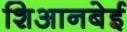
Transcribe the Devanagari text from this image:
शिआनबेई